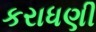
કરાધણી